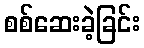
စစ်ဆေးခဲ့ခြင်း